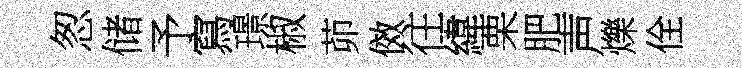
怱储予寫璟椒茆傚往緯栗肥声爍佺